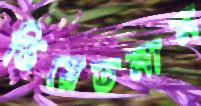
ভিয়েতনাম